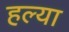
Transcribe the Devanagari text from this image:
हल्या